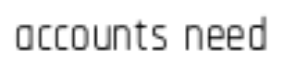
accounts need